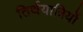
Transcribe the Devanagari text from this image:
तिर्थयात्रियों